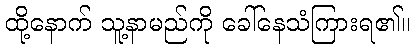
ထို့နောက် သူ့နာမည်ကို ခေါ်နေသံကြားရ၏။